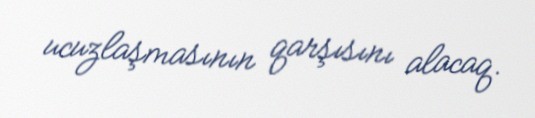
ucuzlaşmasının qarşısını alacaq.